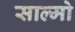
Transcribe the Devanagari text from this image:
साल्मो